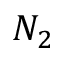
N _ { 2 }